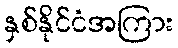
နှစ်နိုင်ငံအကြား